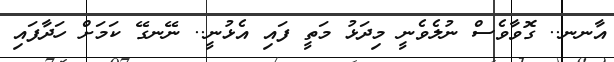
އާނނ.. ގޮވާވެސް ނުލެވެނީ މިދަޅު މަތީ ފައި އެޅުނީ.. ނޭނގޭ ކަމަށް ހަދާފައި